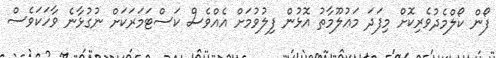
ފޯން ކޯލްމެދުވެރިކޮށް މިފަދަ މަޢުލޫމާތު އޮޅުން ފިލުވުމަށް އެއްވެސް ކަސްޓަމަރަކަށް ނުގުޅާނެ ވާހަކަވެސް